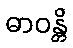
ဓာဝန္တိ